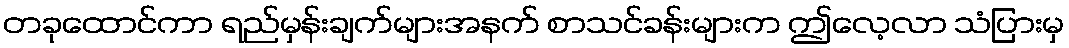
တခုထောင်ကာ ရည်မှန်းချက်များအနက် စာသင်ခန်းများက ဤလေ့လာ သံပြားမှ